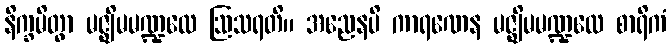
နိက္ခမိတွာ မဇ္ဈိမမဏ္ဍလေ ဩသရတိ။ အညေနပိ ကာရဏေန မဇ္ဈိမမဏ္ဍလေ စာရိကံ